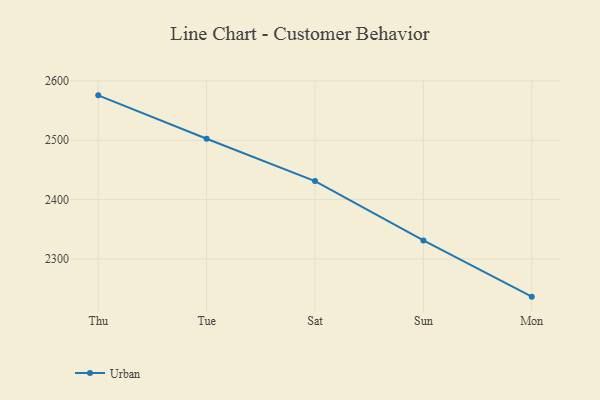
{"axis": {"x": "Day", "y": "Production Output"}, "legend": ["Urban"], "data": [{"x": "Thu", "y": 2575.8, "type": "Urban"}, {"x": "Tue", "y": 2502.5, "type": "Urban"}, {"x": "Sat", "y": 2431.2, "type": "Urban"}, {"x": "Sun", "y": 2331.0, "type": "Urban"}, {"x": "Mon", "y": 2236.2, "type": "Urban"}]}